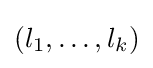
(l_{1},\ldots ,l_{k})